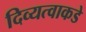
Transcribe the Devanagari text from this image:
दिव्यत्वाकडे